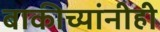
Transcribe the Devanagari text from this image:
बाकीच्यांनीही